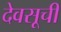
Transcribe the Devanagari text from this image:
देवसूची